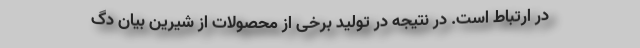
در ارتباط است. در نتیجه در تولید برخی از محصولات از شیرین بیان دگ